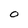
Character: O